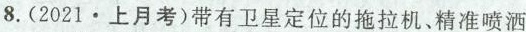
8.(2021·上月考)带有卫星定位的拖拉机、精准喷洒